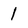
Character: 1